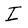
Character: I